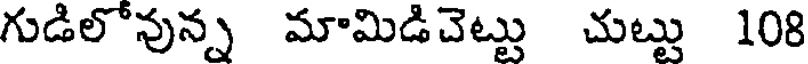
గుడిలోవున్న మామిడిచెట్టు చుట్టు 108